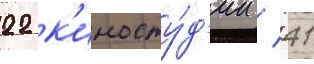
22 к'иносту́д'ии / 41